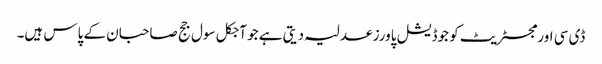
ڈی سی اور مجسٹریٹ کو جوڈیشل پاورز عدلیہ دیتی ہے جو آجکل سول جج صاحبان کے پاس ہیں۔